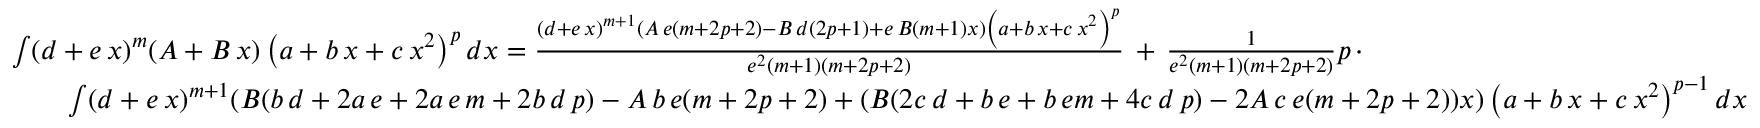
{ \begin{array} { r l } & { \int ( d + e \, x ) ^ { m } ( A + B \, x ) \left( a + b \, x + c \, x ^ { 2 } \right) ^ { p } d x = { \frac { ( d + e \, x ) ^ { m + 1 } ( A \, e ( m + 2 p + 2 ) - B \, d ( 2 p + 1 ) + e \, B ( m + 1 ) x ) \left( a + b \, x + c \, x ^ { 2 } \right) ^ { p } } { e ^ { 2 } ( m + 1 ) ( m + 2 p + 2 ) } } \, + \, { \frac { 1 } { e ^ { 2 } ( m + 1 ) ( m + 2 p + 2 ) } } p \, \cdot } \\ & { \qquad \int ( d + e \, x ) ^ { m + 1 } ( B ( b \, d + 2 a \, e + 2 a \, e \, m + 2 b \, d \, p ) - A \, b \, e ( m + 2 p + 2 ) + ( B ( 2 c \, d + b \, e + b \, e m + 4 c \, d \, p ) - 2 A \, c \, e ( m + 2 p + 2 ) ) x ) \left( a + b \, x + c \, x ^ { 2 } \right) ^ { p - 1 } d x } \end{array} }